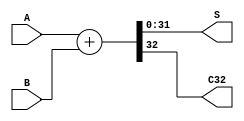
 module adder_32bit(
	input [32:1] A,
	input [32:1] B,
	output [32:1] S,
	output C32
);
	assign {C32, S[32:1]} = A[32:1] + B[32:1];
endmodule